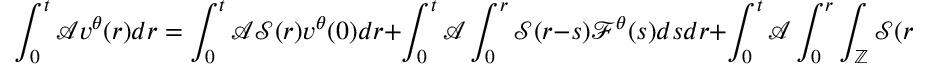
\int _ { 0 } ^ { t } \mathcal { A } \displaystyle v ^ { \theta } ( r ) d r = \int _ { 0 } ^ { t } \mathcal { A } \mathcal { S } ( r ) v ^ { \theta } ( 0 ) d r + \int _ { 0 } ^ { t } \mathcal { A } \int _ { 0 } ^ { r } \mathcal { S } ( r - s ) \mathcal { F } ^ { \theta } ( s ) d s d r + \int _ { 0 } ^ { t } \mathcal { A } \int _ { 0 } ^ { r } \int _ { \mathbb { Z } } \mathcal { S } ( r - s ) \overline { { G } } ( z , x , s - ) \tilde { N } ( d s , d z ) d r .